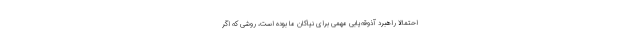
احتمالاً راهبرد آذوقه‌یابی مهمی برای نیاکان ما بوده است، روشی که اگر